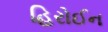
હિરોઈન